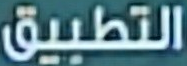
التطبيق